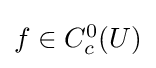
{\textstyle f\in C_{c}^{0}(U)}